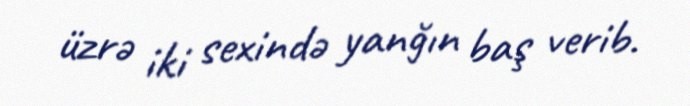
üzrə iki sexində yanğın baş verib.